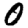
Digit: 0